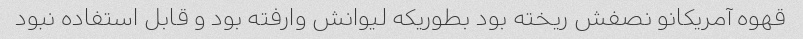
قهوه آمریکانو نصفش ریخته بود بطوریکه لیوانش وارفته بود و قابل استفاده نبود